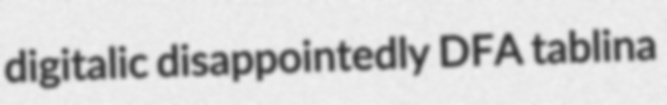
digitalic disappointedly DFA tablina